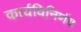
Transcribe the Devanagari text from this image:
कार्यविनिर्णय